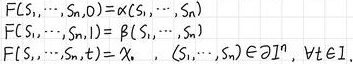
\begin{align*}
F(S_1, \cdots, S_n, 0) &= \alpha(S_1, \cdots, S_n) \\
F(S_1, \cdots, S_n, 1) &= \beta(S_1, \cdots, S_n) \\
F(S_1, \cdots, S_n, t) &= \chi(S_1, \cdots, S_n) \in \partial \mathcal{I}, \ \forall t \in \mathcal{I}
\end{align*}